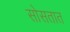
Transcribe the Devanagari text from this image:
सोसतात